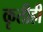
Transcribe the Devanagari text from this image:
कृतीही